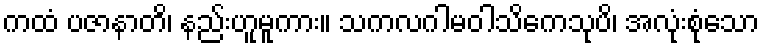
ကထံ ပဇာနာတိ၊ နည်းဟူမူကား။ သကလဂါမဝါသိကေသုပိ၊ အလုံးစုံသော